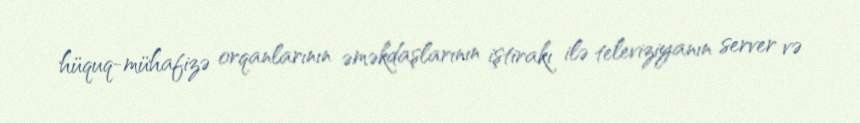
hüquq-mühafizə orqanlarının əməkdaşlarının iştirakı ilə televiziyanın server və